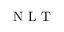
\textnormal { N L T }